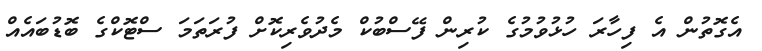
އެގޮތުން އެ ފިހާރަ ހުޅުވުމުގެ ކުރިން ފޭސްބުކް މެދުވެރިކޮށް ފުރަތަމަ ސްޓޮކްގެ ބޮޑުބައެއް